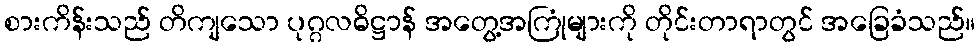
စားကိန်းသည် တိကျသော ပုဂ္ဂလဓိဋ္ဌာန် အတွေ့အကြုံများကို တိုင်းတာရာတွင် အခြေခံသည်။